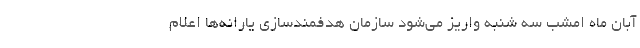
آبان ماه امشب سه شنبه واریز می‌شود سازمان هدفمندسازی یارانه‌ها اعلام